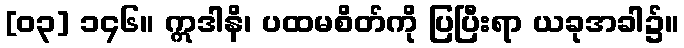
[၀၃] ၁၄၆။ ဣဒါနိ၊ ပထမစိတ်ကို ပြပြီးရာ ယခုအခါ၌။